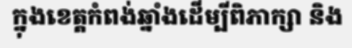
ក្នុងខេត្តកំពង់ឆ្នាំងដើម្បីពិភាក្សា និង